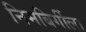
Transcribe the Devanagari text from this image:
निमबिर्गीला